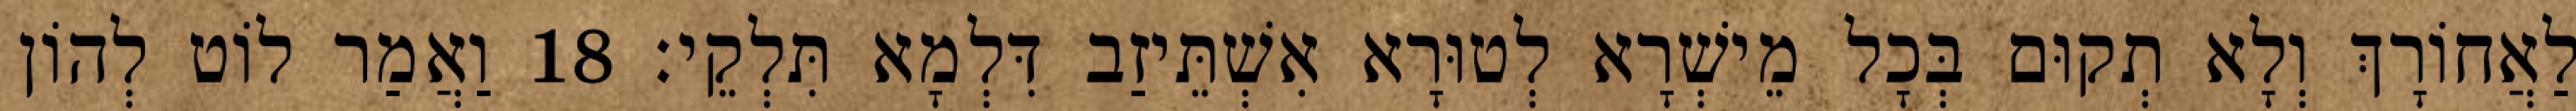
לַאֲחוֹרָךְ וְלָא תְקוּם בְּכָל מֵישְׁרָא לְטוּרָא אִשְׁתֵּיזַב דִּלְמָא תִּלְקֵי׃ 18 וַאֲמַר לוֹט לְהוֹן